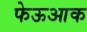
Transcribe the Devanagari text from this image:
फेऊआक